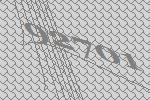
92701